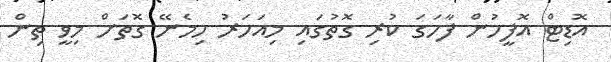
އޮޑިޓް އޮފީހުން ފާހަގަ ކުރި ގޮތުގައި މިއަހަރު ހިމެނޭ ގޮތަށް މިވީ ތިން